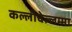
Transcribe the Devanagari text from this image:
कल्लीचेल्लम्मा